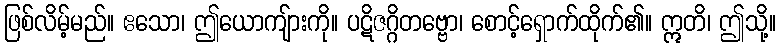
ဖြစ်လိမ့်မည်။ ဧသော၊ ဤယောကျ်ားကို။ ပဋိဇဂ္ဂိတဗ္ဗော၊ စောင့်ရှောက်ထိုက်၏။ ဣတိ၊ ဤသို့။